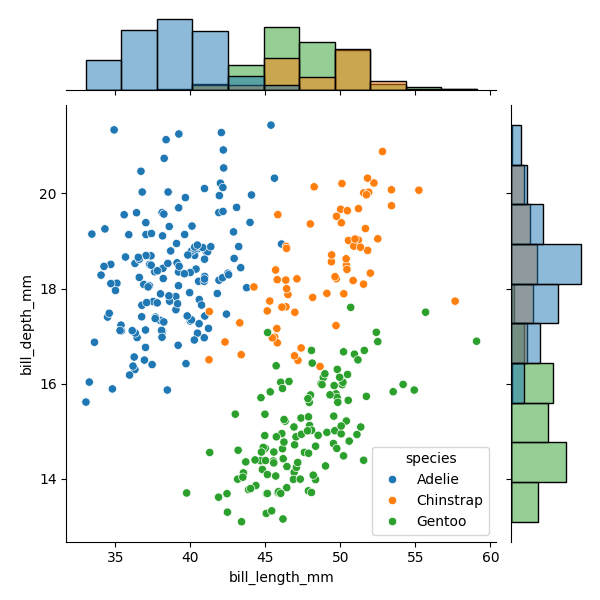
python, seaborn, JointGrid, scatterplot, histplot, hue